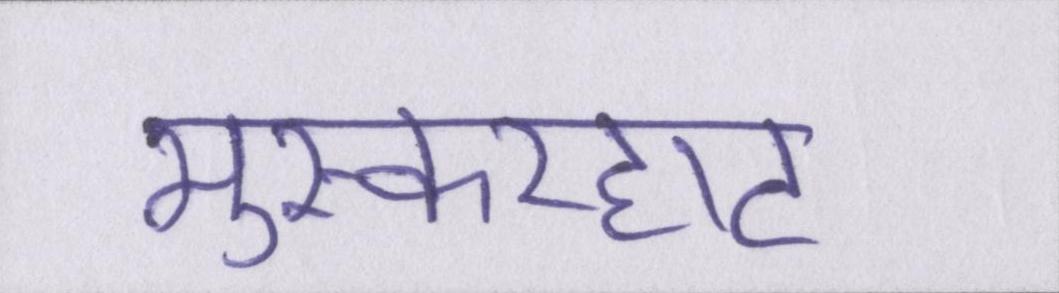
मुस्करहाट